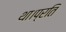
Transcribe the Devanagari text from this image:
था।प्रति